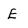
Character: E